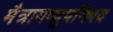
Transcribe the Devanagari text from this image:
मैत्रायष्युपनिषद